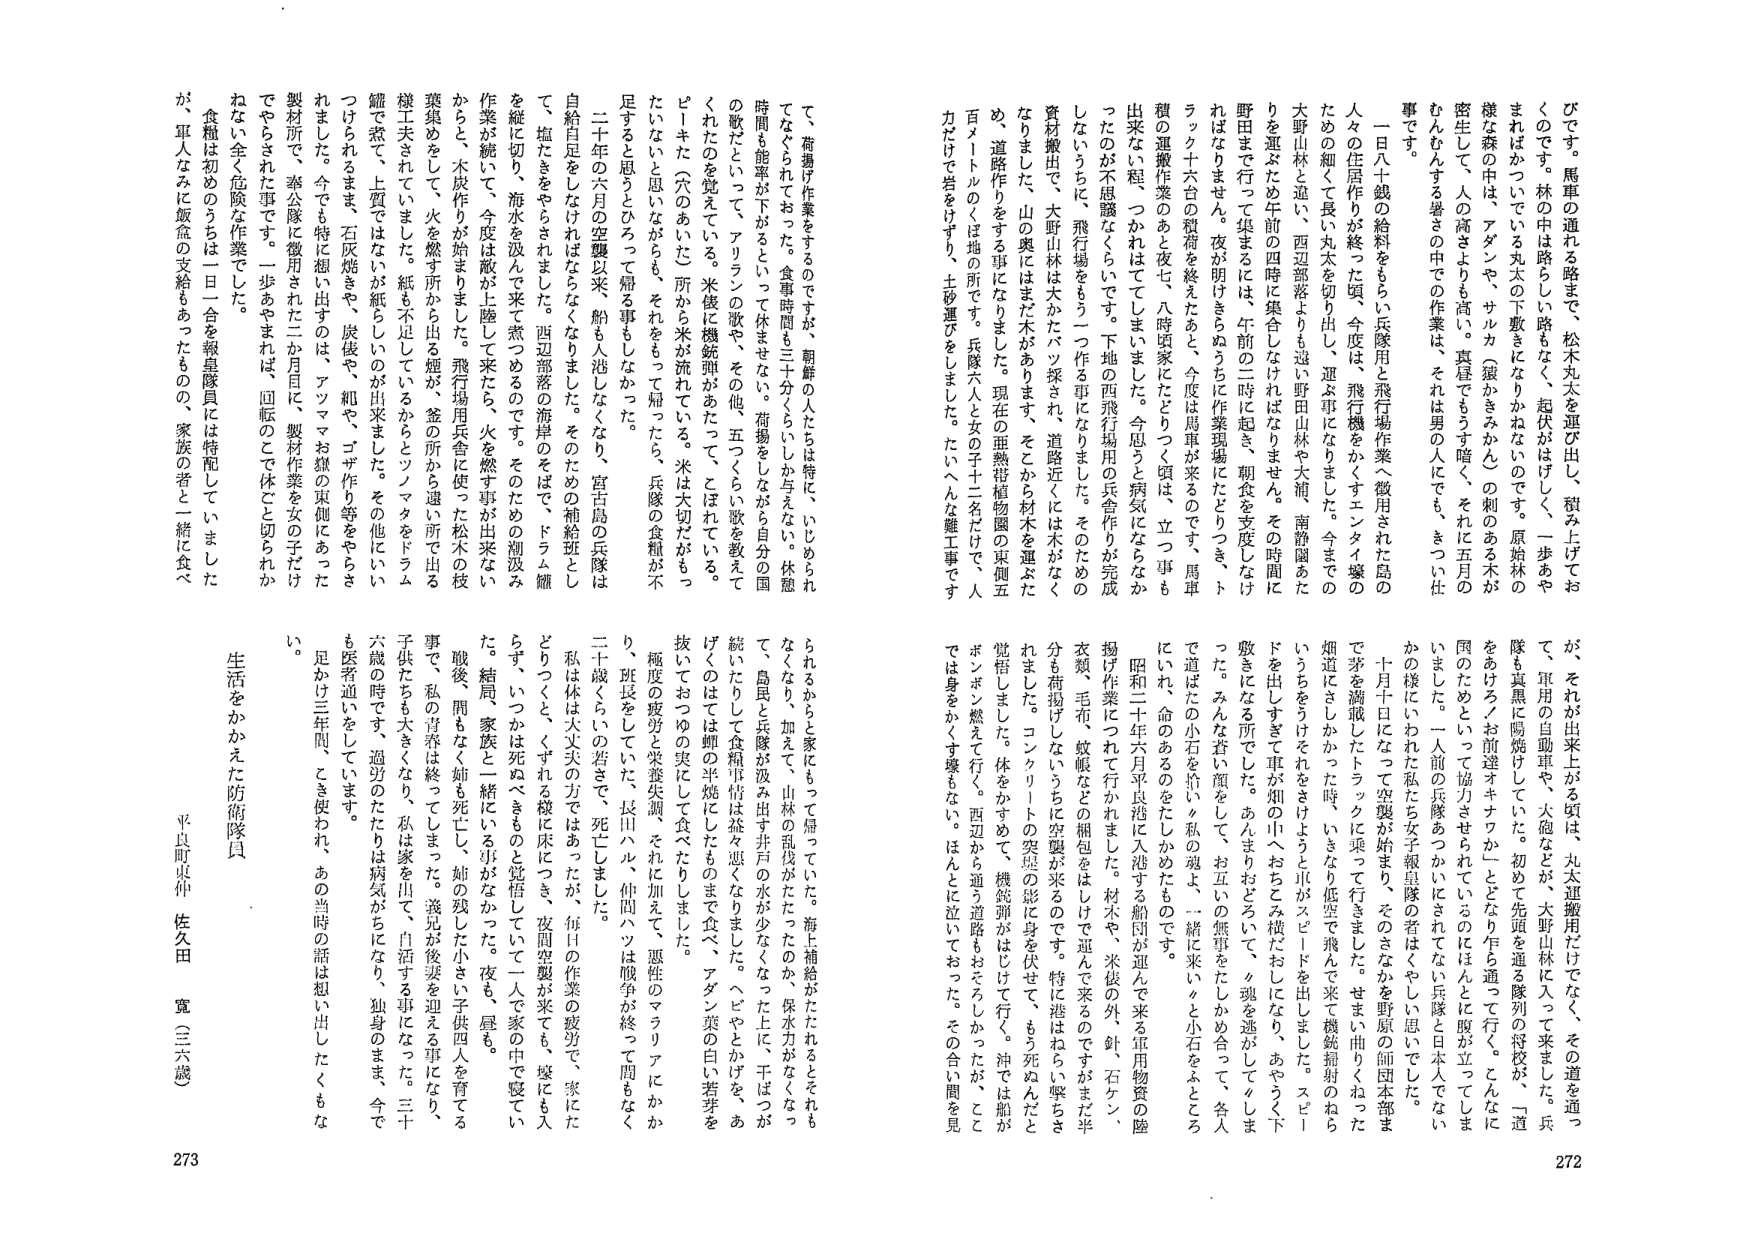
びです。馬軍の通れる路まで、松木丸太を運び出し、畝み上げておくのです。林の中は路らしい路もなく、起伏がはげしく、一歩あやまればかっでいる丸太の下敷きになりかねないのです。原始林の様な森の中は、アダンや、サルカ（銀かきまかん）の刺のある木が密生して、人の高さよりも高い。真昼でもうす暗く、それに五月のむんむんする暑さの中での作業は、それは男の人にも、きつい仕事です。

一日八十銭の給料をもらい兵隊用と飛行場作業へ徴用された島の人々の住居作りが終った頃、今度は、飛行機をかくすエンタイ壕のための細くて長い丸太を切り出し、運ぶ事になりました。今までの大野山林と違い、西辺部落よりも遠い野田山林や大浦、南甑園あたりを運ぶため午前の四時に集合しなければなりません。その時間に野田まで行って集まるには、午前の二時に起き、朝食を支度しなければなりません。夜が明けきらぬうちに作業現場にたどりつき、トラック十六台の積荷を終えたあと、今度は馬軍が来るのです、馬軍穀の運搬作業のあと夜七、八時頃家にたどりつく頃は、立つ事も出来ない程、つかれてしまいました。今思うと病気にならなかったのが不思議なくらいです。下地の西飛行場用の兵舎作りが完成しないうちに、飛行場をもう一つ作る事になりまし。そのための資材搬出で、大野山林はまた大バッ採され、道路近くには木がなくなったり、山の奥にはまだ木があります。そこから材木を運ぶため、道路作りをする事になりました。現在の亜熱帯植物園の東側五百メートルのくぼ地の所です。兵隊六人と女の子十二名だけで、人力だけで岩をけずり、土砂運びをしました。たいへんな難工事です

て、荷揚げ作業をするのですが、朝鮮の人たちは特に、いじめられ てなぐられておった。食事時間も三十分くらいしか与えない。休憩時間も能率が下がるということで休ませない。荷揚をしながら自分の国 の歌だといって、アリランの歌や、その他、五つくらいの歌を教えてくれたのを覚えている。米俵に燻鉱鉱があたって、こぼれている。ビーキた（六代のあいた）所から米が流れている。米は大切だがもったいないと思しながらも、それをもって帰ったら、兵隊の食糧が不足すると思うとひろって帰る事もしなかった。

二十年の六月の空襲以来、船も入港しなくなり、宮古島の兵隊は自給自足をしなければならないなりました。そのための補給班として、塩たきをやらされまして、西辺部落の海岸のそばで、ドラム罐を縦に切り、海水を汲んで来て煮つめるのです。そのための燻汲み作業が続いて、今度は敵が上陸して来たら、火を燃す事が出来ないからと、木炭作りが始まりました。飛行場用兵舎に使った松木の枝葉集めをして、火を燃す所から出る煙が、釜の所から遠い所で出る燧工夫されていました。紙も不足しているからとツノマタをドラム罐で煮て、上質ではなたが紙らいいのが出来ました。その他にいっつけられてもまず、石灰焼きや、炭伐や、細や、ゴザ作り等をやらされました。今でも特に思い出したは、アツマお縁の東側にあった製材所で、泰公隊に徴用された二か月目に、製材作業を女の子だけてやらされた事です。一歩あやまれば、回転のてで体ごと切られかねない全く危険な作業でした。

食糧は初めのうちは一日一合を報星隊員には特配していましたが、軍人なみに飯盒の支給もあったものの、家族の者と一緒に食べ

が、それが出来上がる頃は、丸太運搬用だけでなく、その道を通って、軍用の自動車や、大砲などが、大野山林に入って来ました。兵隊も真黒に陽焼けしていた。初めて先頭を通る隊列の将校が、「道をあけろ／お前達オキナワか」とどなり乍ら通って行く。こんなに困っためと、いつ協力させられているのにほんとに腹が立ってしました。一人前の兵隊もつかいにされているのに兵隊と日本人でしかの様にいわれた私たち女子報星隊の者はくやしい思いでした。

十月十日になって空襲が始まり、そのさなかを野原の師団本部まで茅を満載したトラックに乗って行きました。せまい曲りくねた畑道にさしかかった時、いきなり低空で飛んで来て機銃掃射のねだいうちをうけてそれをさけようと車がスピードを出しました。スピードを出しますぎて車が畑の中へおちてみ横だにおち、あやうく下敷きになる所でした。みんなおおうて、魂を逃がしてくらった。みんな着い顔をして、お互いの無事をたしかめ合って、各人で道ばたの小石を拾い、私の魂よ、一緒に来い、っと小石をもとろにいれ、命のあるのをたしかめたものです。

昭和二十六年六月平良港に入港する船団が運んで来る軍用物資の陸揚げ作業につれて行かれました。材木や、米俵の外、針、石ケン、衣類、毛布、蚊帳などに梱包をはして運んで来るのですが、半分を荷揚げしないうちに空襲が来るのです。特に港はねらい撃ちされました。コンクリートの突堤の影に身を伏せて、もう死ぬんだと覚悟しました。体をかすめて、機銃弾がはじけて行く。沖では船がボンボン燃えて行く。西辺から通う道路もおそろしかったが、ここでは身をかくす壕もない。ほんとに泣いておった。その合い間を見

られるからと家にもって帰っていた。海上補給がたたれるとそれもなくなり、加えて、山林の乱伐がたたったのか、保水力がなくなっ て、島民と兵隊が汲み出す井戸の水が少なくなったり上に、干ばつが続いてたりして食糧事情は益々悪くなりました。ヘビやとかげを、あ げくのたては蝸の半焼にしたもので食べ、アダン葉の白い若芽を抜いておつゆの実にして食べたりしました。

極度の疲労と栄養失調、それに加えて、悪性のマラリアにかか り、班長をしていた、長田八ル、仲間ハツは戦争が終って間もなく 二十歳くらいの若さで、死亡しました。

私は体は大丈夫のようで、あっただが、毎日の作業の疲労で、家にた どりつくと、くずれる様に床につき、夜間空襲が来ても、塚にも入 らず、いつかは死ぬべきものと覚悟していて一人で家中で寝てい た。結局、家族と一緒にいる事がなかった。夜も、昼も。

戦後、間もなく姉も死亡し、姉の残した小さい子供四人を育てる 事で、私の青春は終ってしまった。義兄が後妻を迎える事になり、 子供たちも大きくなり、私は家を出て、自活する事になった。三十 六歳の時です、過労のたたりは病気がちになり、独身のまま、今で も医者通いをしています。

足かけ三年間、こき使われ、あの当時の話は想い出したくもな い。

生活をかかえた防衛隊員

平良町東仲 佐久田 寛（三六歳）

273

272